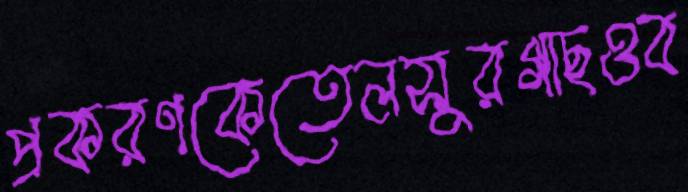
প্রকরণকেতেলসুরগাছওব